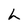
Character: h